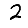
Digit: 2